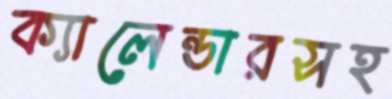
ক্যালেন্ডারসহ